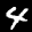
Label: 4